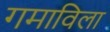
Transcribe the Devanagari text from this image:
गमाविला